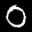
Label: 0